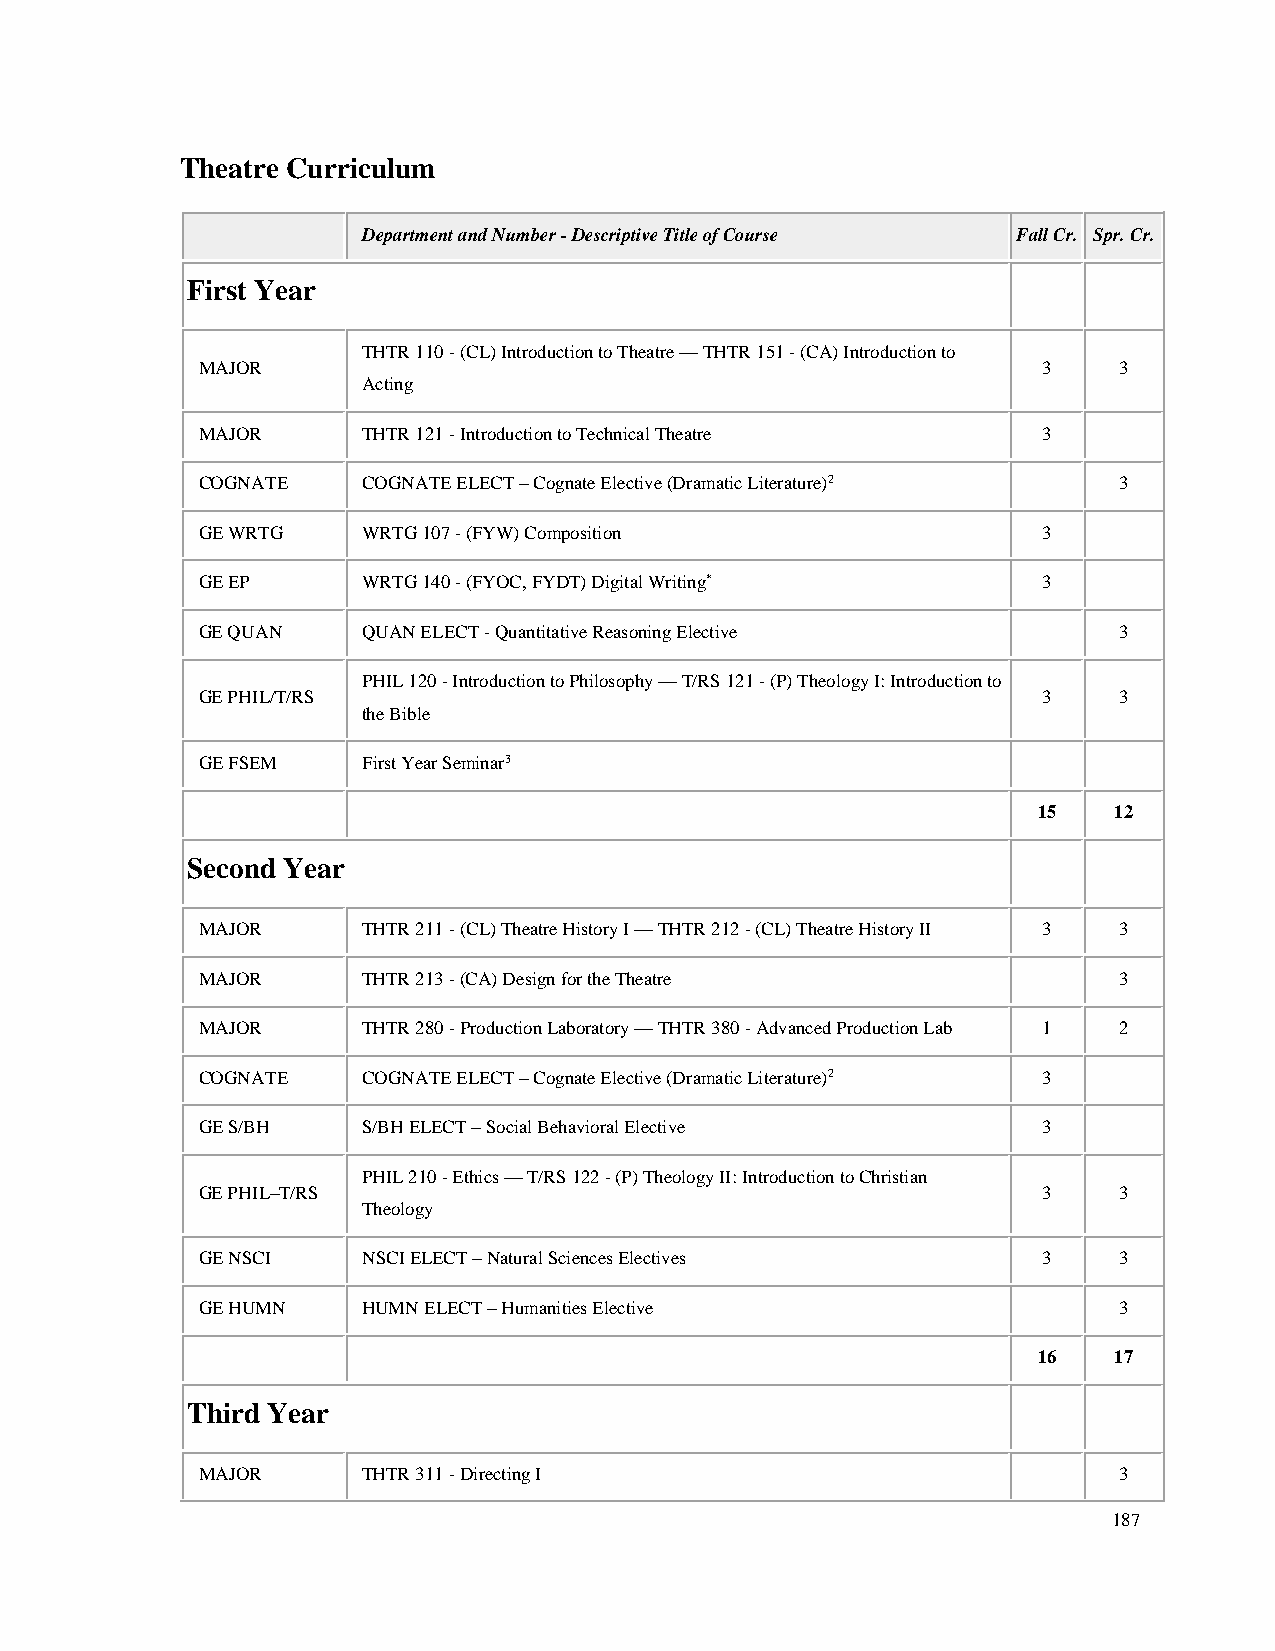
Theatre Curriculum
 Department and Number - Descriptive Title of Course Fall Cr. Spr. Cr.
 First Year
 THTR 110 - (CL) Introduction to Theatre — THTR 151 - (CA) Introduction to
 MAJOR                                                   3    3
 Acting
 MAJOR      THTR 121 - Introduction to Technical Theatre 3
 COGNATE    COGNATE ELECT – Cognate Elective (Dramatic Literature)2 3
 GE WRTG    WRTG 107 - (FYW) Composition                 3
 GE EP      WRTG 140 - (FYOC, FYDT) Digital Writing*     3
 GE QUAN    QUAN ELECT - Quantitative Reasoning Elective      3
 PHIL 120 - Introduction to Philosophy — T/RS 121 - (P) Theology I: Introduction to
 GE PHIL/T/RS                                            3    3
 the Bible
 GE FSEM    First Year Seminar3
 15   12
 Second Year
 MAJOR      THTR 211 - (CL) Theatre History I — THTR 212 - (CL) Theatre History II 3 3
 MAJOR      THTR 213 - (CA) Design for the Theatre            3
 MAJOR      THTR 280 - Production Laboratory — THTR 380 - Advanced Production Lab 1 2
 COGNATE    COGNATE ELECT – Cognate Elective (Dramatic Literature)2 3
 GE S/BH    S/BH ELECT – Social Behavioral Elective      3
 PHIL 210 - Ethics — T/RS 122 - (P) Theology II: Introduction to Christian
 GE PHIL–T/RS                                            3    3
 Theology
 GE NSCI    NSCI ELECT – Natural Sciences Electives      3    3
 GE HUMN    HUMN ELECT – Humanities Elective                  3
 16   17
 Third Year
 MAJOR      THTR 311 - Directing I                            3
 187